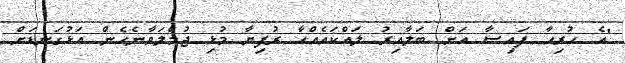
"އެ ހުރިހާ ފައިސާ އަށް ބަލާއިރު ލައްކައެއްހާ ރުފިޔާ މުޅި ޖުމްލަވާނެހެން އަޅުގަނޑަށް